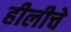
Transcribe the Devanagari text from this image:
हीलीचे